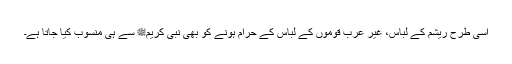
اسی طرح ریشم کے لباس، غیر عرب قوموں کے لباس کے حرام ہونے کو بھی نبی کریمﷺ سے ہی منسوب کیا جاتا ہے۔